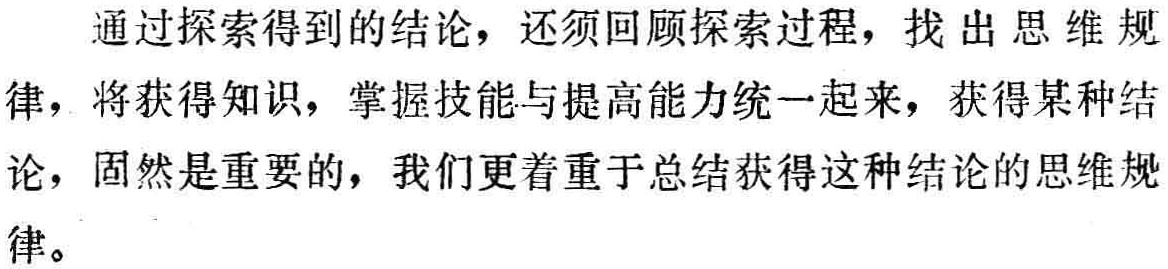
通过探索得到的结论，还须回顾探索过程，找出思维规律，将获得知识，掌握技能与提高能力统一起来，获得某种结论，固然是重要的，我们更着重于总结获得这种结论的思维规律。